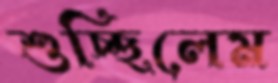
শুচ্ছিলেম